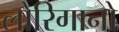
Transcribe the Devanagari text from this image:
लोरिगानो